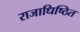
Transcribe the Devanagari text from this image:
राजाधिष्ठित